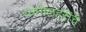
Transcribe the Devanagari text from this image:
ध्वनीलहरींचे